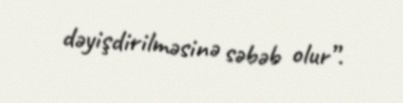
dəyişdirilməsinə səbəb olur”.